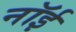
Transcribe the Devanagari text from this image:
नॉई